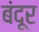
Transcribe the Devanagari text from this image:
बंदूर